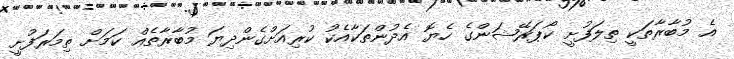
އެ މުބާރާތަކީ ތިލަފުށީ ކޯޕަރޭޝަންގެ ހެޔޮ އެދުންތަކާއެކު ކުރިއަށްގެންދިޔަ މުބާރާތެއް ކަމަށް ތިމަރަފުށީ